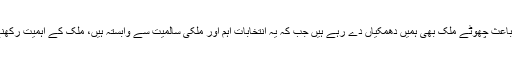
پیپلز پارٹی کے رہنما کا کہنا تھا کہ عدم استحکام کے باعث چھوٹے ملک بھی ہمیں دھمکیاں دے رہے ہیں جب کہ یہ انتخابات اہم اور ملکی سالمیت سے وابستہ ہیں، ملک کے اہمیت رکھنے والے اداروں سے کہتا ہوں انتخابات وقت پر کرائیں۔